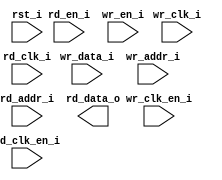
/*******************************************************************************
    Verilog netlist generated by IPGEN Lattice Radiant Software (64-bit)
    3.1.1.232.1
    Soft IP Version: 1.3.0
    2022 03 25 09:21:52
*******************************************************************************/
/*******************************************************************************
    Wrapper Module generated per user settings.
*******************************************************************************/
module dpram_lcd_fifo (wr_clk_i, rd_clk_i, rst_i, wr_clk_en_i, rd_en_i,
    rd_clk_en_i, wr_en_i, wr_data_i, wr_addr_i, rd_addr_i, rd_data_o)/* synthesis syn_black_box syn_declare_black_box=1 */;
    input  wr_clk_i;
    input  rd_clk_i;
    input  rst_i;
    input  wr_clk_en_i;
    input  rd_en_i;
    input  rd_clk_en_i;
    input  wr_en_i;
    input  [15:0]  wr_data_i;
    input  [7:0]  wr_addr_i;
    input  [7:0]  rd_addr_i;
    output  [15:0]  rd_data_o;
endmodule